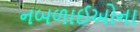
નબળાઈઓના